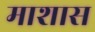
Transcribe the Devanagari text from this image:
माशास